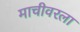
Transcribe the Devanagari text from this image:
माचीवरला